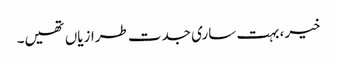
خیر، بہت ساری جدت طرازیاں تھیں۔